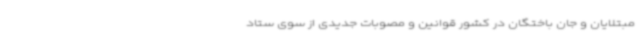
مبتلایان و جان باختگان در کشور قوانین و مصوبات جدیدی از سوی ستاد